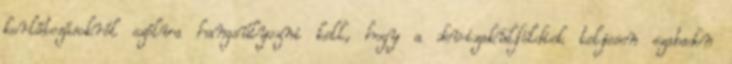
korlátozásokról szólva hangsúlyozni kell, hogy a devizakülföldiek teljesen szabadon